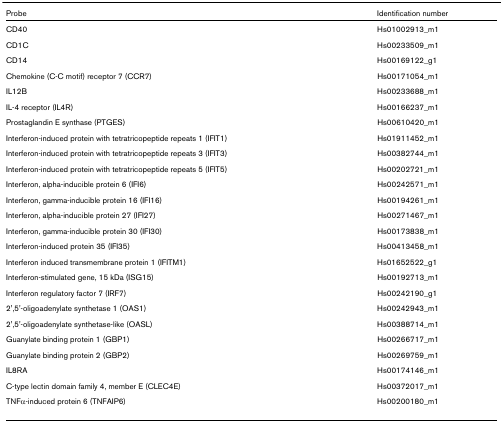
<table><thead><tr><td><b>Probe</b></td><td><b>Identification number</b></td></tr></thead><tbody><tr><td>CD40</td><td>Hs01002913_m1</td></tr><tr><td>CD1C</td><td>Hs00233509_m1</td></tr><tr><td>CD14</td><td>Hs00169122_g1</td></tr><tr><td>Chemokine (C-C motif) receptor 7 (CCR7)</td><td>Hs00171054_m1</td></tr><tr><td>IL12B</td><td>Hs00233688_m1</td></tr><tr><td>IL-4 receptor (IL4R)</td><td>Hs00166237_m1</td></tr><tr><td>Prostaglandin E synthase (PTGES)</td><td>Hs00610420_m1</td></tr><tr><td>Interferon-induced protein with tetratricopeptide repeats 1 (IFIT1)</td><td>Hs01911452_m1</td></tr><tr><td>Interferon-induced protein with tetratricopeptide repeats 3 (IFIT3)</td><td>Hs00382744_m1</td></tr><tr><td>Interferon-induced protein with tetratricopeptide repeats 5 (IFIT5)</td><td>Hs00202721_m1</td></tr><tr><td>Interferon, alpha-inducible protein 6 (IFI6)</td><td>Hs00242571_m1</td></tr><tr><td>Interferon, gamma-inducible protein 16 (IFI16)</td><td>Hs00194261_m1</td></tr><tr><td>Interferon, alpha-inducible protein 27 (IFI27)</td><td>Hs00271467_m1</td></tr><tr><td>Interferon, gamma-inducible protein 30 (IFI30)</td><td>Hs00173838_m1</td></tr><tr><td>Interferon-induced protein 35 (IFI35)</td><td>Hs00413458_m1</td></tr><tr><td>Interferon induced transmembrane protein 1 (IFITM1)</td><td>Hs01652522_g1</td></tr><tr><td>Interferon-stimulated gene, 15 kDa (ISG15)</td><td>Hs00192713_m1</td></tr><tr><td>Interferon regulatory factor 7 (IRF7)</td><td>Hs00242190_g1</td></tr><tr><td>2&#x27;,5&#x27;-oligoadenylate synthetase 1 (OAS1)</td><td>Hs00242943_m1</td></tr><tr><td>2&#x27;,5&#x27;-oligoadenylate synthetase-like (OASL)</td><td>Hs00388714_m1</td></tr><tr><td>Guanylate binding protein 1 (GBP1)</td><td>Hs00266717_m1</td></tr><tr><td>Guanylate binding protein 2 (GBP2)</td><td>Hs00269759_m1</td></tr><tr><td>IL8RA</td><td>Hs00174146_m1</td></tr><tr><td>C-type lectin domain family 4, member E (CLEC4E)</td><td>Hs00372017_m1</td></tr><tr><td>TNFα-induced protein 6 (TNFAIP6)</td><td>Hs00200180_m1</td></tr></tbody></table>